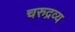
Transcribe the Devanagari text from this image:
चरुद्रव्य